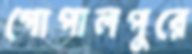
গোপালপুরে